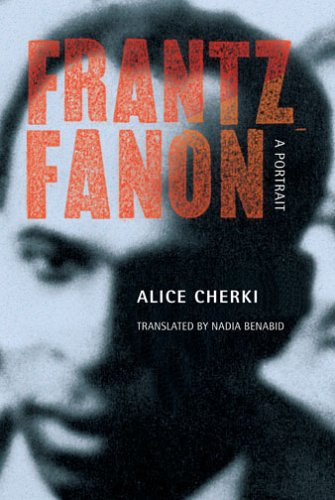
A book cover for Frantz Fanon: A Portrait; Alice Cherki; History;